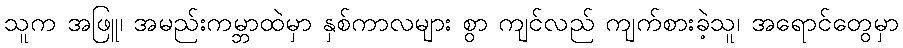
သူက အဖြူ၊ အမည်းကမ္ဘာထဲမှာ နှစ်ကာလများ စွာ ကျင်လည် ကျက်စားခဲ့သူ၊ အရောင်တွေမှာ